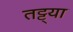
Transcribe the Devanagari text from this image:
तट्ट्या